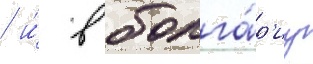
/ и́ в болга́р'иу